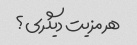
هر مزیت دیگری؟